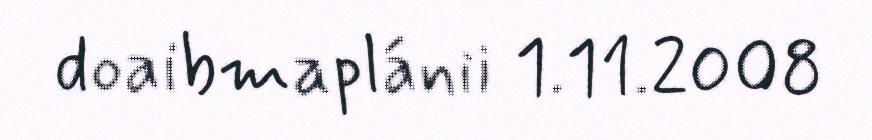
doaibmaplánii 1.11.2008